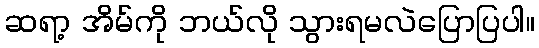
ဆရာ့ အိမ်ကို ဘယ်လို သွားရမလဲပြောပြပါ။